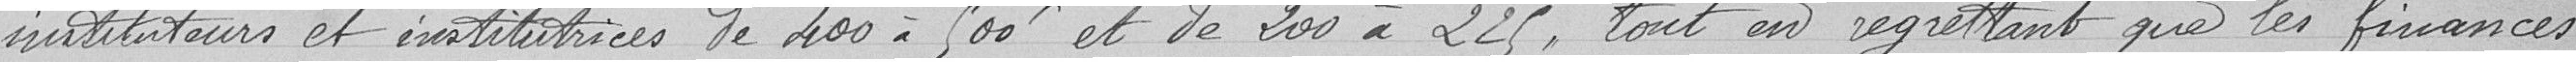
instituteurs et institutrices de 400 à 500 francs et de 200 à 225, tout en regrettant que les finances